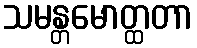
သမန္တမောတ္ထတာ